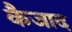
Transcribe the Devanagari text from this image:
कैजाद